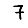
Digit: 7